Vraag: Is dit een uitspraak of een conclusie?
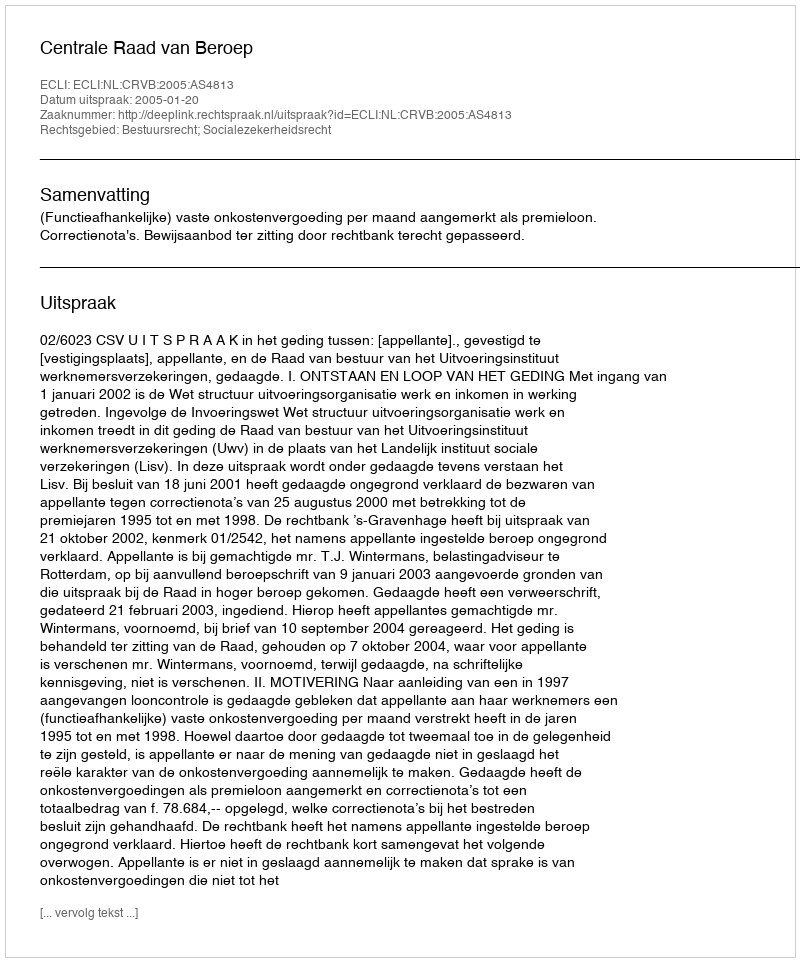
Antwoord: Uitspraak